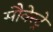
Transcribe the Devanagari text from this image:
सौवेस्ट्रे